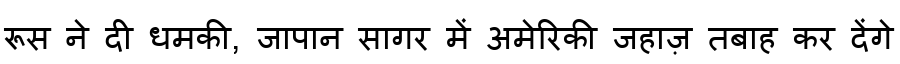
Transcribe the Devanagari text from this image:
रूस ने दी धमकी, जापान सागर में अमेरिकी जहाज़ तबाह कर देंगे